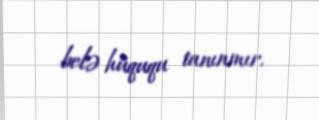
belə hüququ tanınmır.